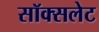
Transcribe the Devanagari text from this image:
सॉक्सलेट